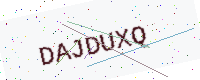
Text: DAJDUXQ